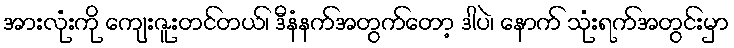
အားလုံးကို ကျေးဇူးတင်တယ်၊ ဒီနံနက်အတွက်တော့ ဒါပဲ၊ နောက် သုံးရက်အတွင်းမှာ